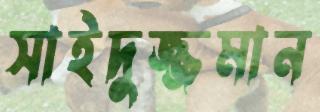
সাইদুজ্জমান